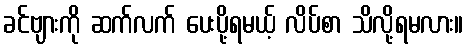
ခင်ဗျားကို ဆက်လက် ပေးပို့ရမယ့် လိပ်စာ သိလို့ရမလား။